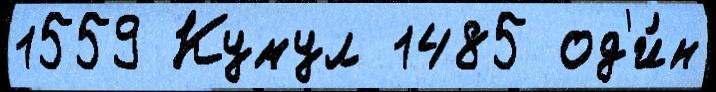
1559 Кумул 1485 од'и́н